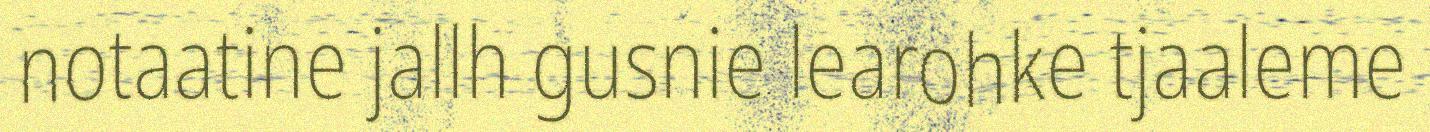
notaatine jallh gusnie learohke tjaaleme